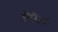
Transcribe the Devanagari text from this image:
मिरैना